Indian journal of veterinary science and animal husbandry - Volume 12,
Year: 1942
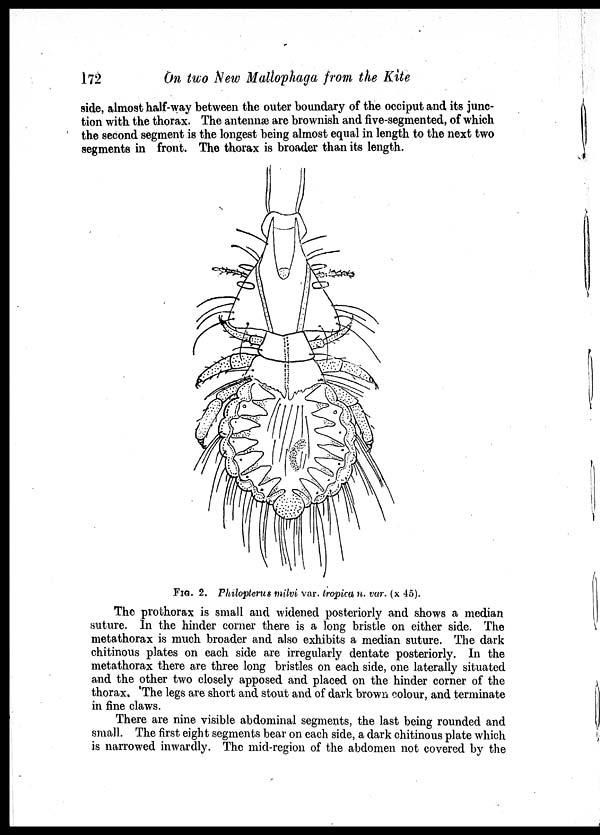
172
On two New Mallophaga from the Kite
side, almost half-way between the outer boundary of the occiput and its junc-
tion with the thorax. The antennæ are brownish and five-segmented, of which
the second segment is the longest being almost equal in length to the next two
segments in front. The thorax is broader than its length.
FIG. 2. Philopterus milvi var. tropica n. var. (x 45).
The prothorax is small and widened posteriorly and shows a median
suture. In the hinder corner there is a long bristle on either side. The
metathorax is much broader and also exhibits a median suture. The dark
chitinous plates on each side are irregularly dentate posteriorly. In the
metathorax there are three long bristles on each side, one laterally situated
and the other two closely apposed and placed on the hinder corner of the
thorax. The legs are short and stout and of dark brown colour, and terminate
in fine claws.
There are nine visible abdominal segments, the last being rounded and
small. The first eight segments bear on each side, a dark chitinous plate which
is narrowed inwardly. The mid-region of the abdomen not covered by the